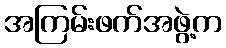
အကြမ်းဖက်အဖွဲ့က